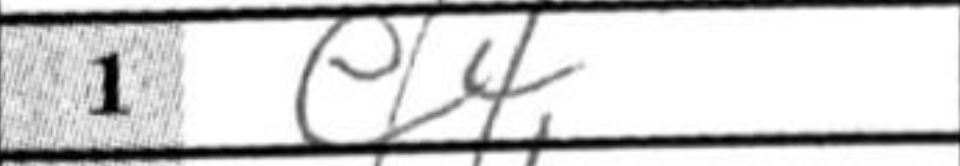
Transcription: e4